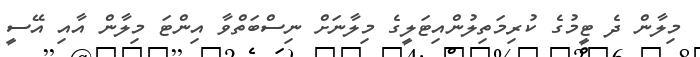
މިލާން ދެ ޓީމުގެ ކުރިމަތިލުންއިޓަލީގެ މިލާނަށް ނިސްބަތްވާ އިންޓަ މިލާން އާއި އޭސީ